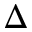
\Delta